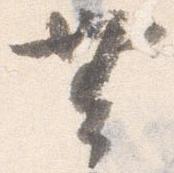
無